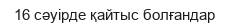
16 сәуірде қайтыс болғандар